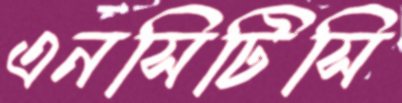
এনসিটিসি